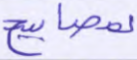
بمصابيح